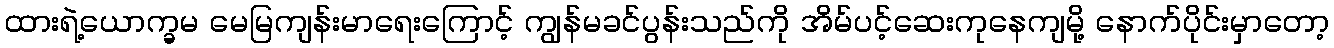
ထားရဲ့ယောက္ခမ မေမြကျန်းမာရေးကြောင့် ကျွန်မခင်ပွန်းသည်ကို အိမ်ပင့်ဆေးကုနေကျမို့ နောက်ပိုင်းမှာတော့